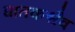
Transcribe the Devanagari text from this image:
घातकश्चैव